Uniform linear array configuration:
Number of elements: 48
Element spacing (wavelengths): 0.5
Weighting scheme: blackman
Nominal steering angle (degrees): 15
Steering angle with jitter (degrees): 14.33
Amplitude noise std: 0.05
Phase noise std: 0.05

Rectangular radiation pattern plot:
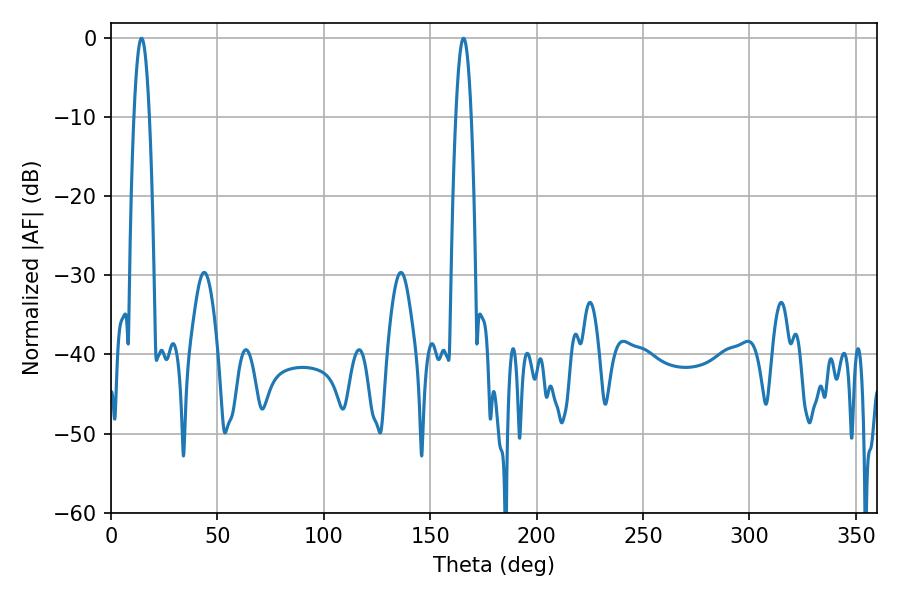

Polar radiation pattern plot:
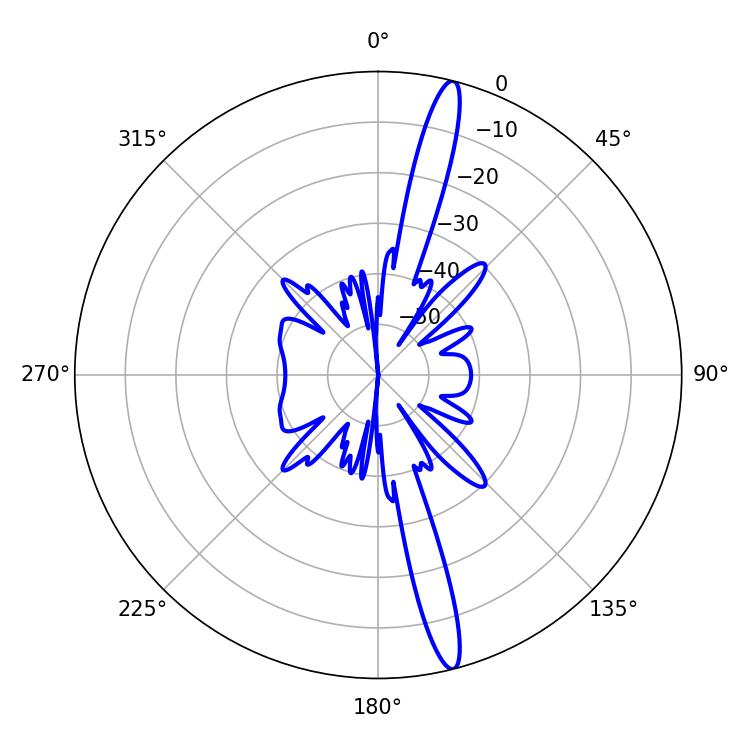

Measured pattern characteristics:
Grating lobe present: FALSE
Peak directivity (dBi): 17.265
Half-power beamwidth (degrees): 3.96
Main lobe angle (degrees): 14.4